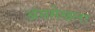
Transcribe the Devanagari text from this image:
अंसमेखला